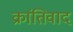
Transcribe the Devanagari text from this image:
क्रांतिवाद